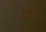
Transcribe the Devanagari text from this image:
रैशैल